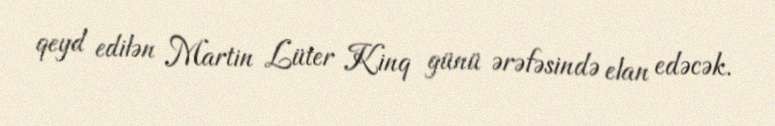
qeyd edilən Martin Lüter Kinq günü ərəfəsində elan edəcək.